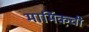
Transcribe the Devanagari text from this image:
मार्मिकची